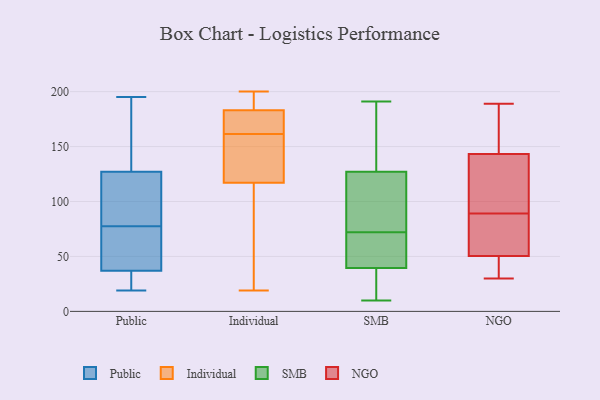
{"axis": {"x": "Headcount", "y": "Value"}, "legend": ["Individual", "NGO", "Public", "SMB"], "data": [{"x": "", "y": 109, "type": "Public"}, {"x": "", "y": 30, "type": "Public"}, {"x": "", "y": 49, "type": "Public"}, {"x": "", "y": 180, "type": "Public"}, {"x": "", "y": 180, "type": "Public"}, {"x": "", "y": 37, "type": "Public"}, {"x": "", "y": 85, "type": "Public"}, {"x": "", "y": 71, "type": "Public"}, {"x": "", "y": 35, "type": "Public"}, {"x": "", "y": 195, "type": "Public"}, {"x": "", "y": 51, "type": "Public"}, {"x": "", "y": 93, "type": "Public"}, {"x": "", "y": 127, "type": "Public"}, {"x": "", "y": 31, "type": "Public"}, {"x": "", "y": 84, "type": "Public"}, {"x": "", "y": 63, "type": "Public"}, {"x": "", "y": 19, "type": "Public"}, {"x": "", "y": 148, "type": "Public"}, {"x": "", "y": 166, "type": "Individual"}, {"x": "", "y": 168, "type": "Individual"}, {"x": "", "y": 72, "type": "Individual"}, {"x": "", "y": 168, "type": "Individual"}, {"x": "", "y": 158, "type": "Individual"}, {"x": "", "y": 19, "type": "Individual"}, {"x": "", "y": 183, "type": "Individual"}, {"x": "", "y": 126, "type": "Individual"}, {"x": "", "y": 118, "type": "Individual"}, {"x": "", "y": 187, "type": "Individual"}, {"x": "", "y": 190, "type": "Individual"}, {"x": "", "y": 147, "type": "Individual"}, {"x": "", "y": 195, "type": "Individual"}, {"x": "", "y": 108, "type": "Individual"}, {"x": "", "y": 165, "type": "Individual"}, {"x": "", "y": 117, "type": "Individual"}, {"x": "", "y": 92, "type": "Individual"}, {"x": "", "y": 200, "type": "Individual"}, {"x": "", "y": 85, "type": "SMB"}, {"x": "", "y": 10, "type": "SMB"}, {"x": "", "y": 68, "type": "SMB"}, {"x": "", "y": 120, "type": "SMB"}, {"x": "", "y": 51, "type": "SMB"}, {"x": "", "y": 69, "type": "SMB"}, {"x": "", "y": 109, "type": "SMB"}, {"x": "", "y": 30, "type": "SMB"}, {"x": "", "y": 186, "type": "SMB"}, {"x": "", "y": 134, "type": "SMB"}, {"x": "", "y": 167, "type": "SMB"}, {"x": "", "y": 20, "type": "SMB"}, {"x": "", "y": 191, "type": "SMB"}, {"x": "", "y": 11, "type": "SMB"}, {"x": "", "y": 75, "type": "SMB"}, {"x": "", "y": 49, "type": "SMB"}, {"x": "", "y": 30, "type": "NGO"}, {"x": "", "y": 129, "type": "NGO"}, {"x": "", "y": 126, "type": "NGO"}, {"x": "", "y": 148, "type": "NGO"}, {"x": "", "y": 38, "type": "NGO"}, {"x": "", "y": 76, "type": "NGO"}, {"x": "", "y": 44, "type": "NGO"}, {"x": "", "y": 89, "type": "NGO"}, {"x": "", "y": 167, "type": "NGO"}, {"x": "", "y": 189, "type": "NGO"}, {"x": "", "y": 70, "type": "NGO"}]}